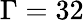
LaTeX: \Gamma=32